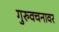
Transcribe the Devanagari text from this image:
गुरुवचनावर